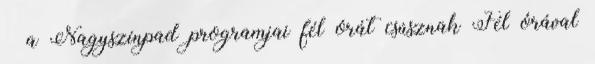
– a Nagyszínpad programjai fél órát csúsznak Fél órával